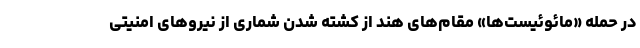
در حمله «مائوئیست‌ها» مقام‌های هند از کشته شدن شماری از نیروهای امنیتی